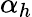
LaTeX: \alpha_{h}